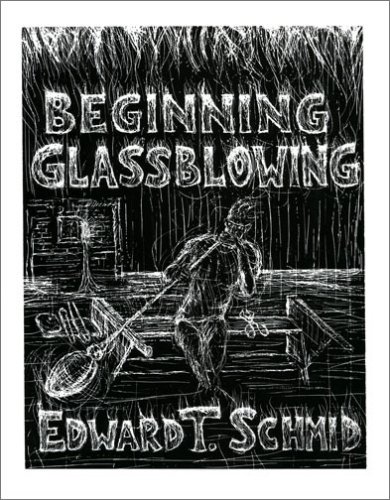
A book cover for Beginning Glassblowing; Edward T. Schmid; Crafts, Hobbies & Home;